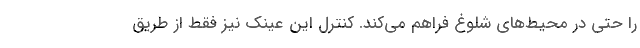
را حتی در محیط‌های شلوغ فراهم می‌کند. کنترل این عینک نیز فقط از طریق